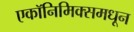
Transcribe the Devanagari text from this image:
एकॉनिमिक्समधून